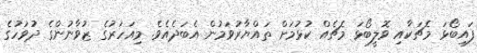
ފައިބޯޅަ މެޗަކާއި ވޮލީބޯޅަ މެޗެއް ކުޅުމަށް ތައްޔާރުވަމުން އެބަދެއެވެ. މިިއަހަރުގެ ޒުވާނުންގެ ދުވަހުގެ